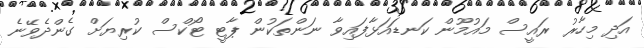
އަދި މިހާރު ރައީސް މައުމޫން ކަނޑައަޅާފައިވާ ނަންތަކުން ޕާޓީ ޓޯކްސް ކުރިޔަށް ގެންދެވޭނެ